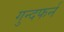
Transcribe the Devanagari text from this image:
गुन्दफर्न